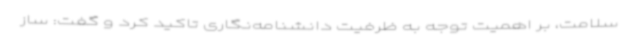
سلامت، بر اهمیت توجه به ظرفیت دانشنامه‌نگاری تاکید کرد و گفت: ساز